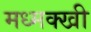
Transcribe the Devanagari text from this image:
मध्मक्खी